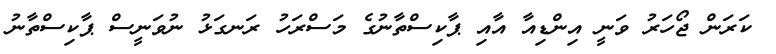
ކަރަން ޖޯހަރު ވަނީ އިންޑިއާ އާއި ޕާކިސްތާނުގެ މަސްރަހު ރަނގަޅު ނުވަނީސް ޕާކިސްތާނު